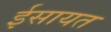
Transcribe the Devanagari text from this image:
ईसायत